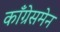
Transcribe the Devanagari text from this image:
काँग्रेसमेन